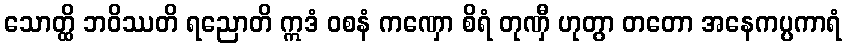
သောတ္ထိ ဘဝိဿတိ ရညောတိ ဣဒံ ဝစနံ ကဏှော စိရံ တုဏှီ ဟုတွာ တတော အနေကပ္ပကာရံ